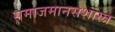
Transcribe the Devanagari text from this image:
समाजमानसशास्त्र